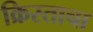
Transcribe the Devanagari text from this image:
क्रिस्ताचा